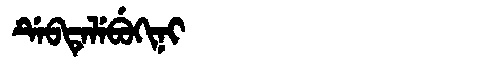
Manchu: ᡩᡝᠪᡨᡝᠯᡝᠪᡠᡴᡳᠨᡳ
Romanization: DEBTELEBUKINI